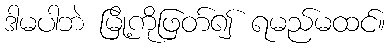
ဒါမပါဘဲ မြို့ကိုဖြတ်၍ ရမည်မထင်။